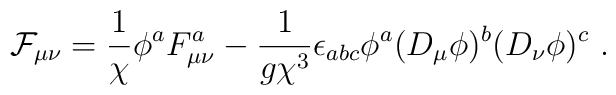
{\cal F}_{\mu \nu} = \frac{1}{\chi} \phi^a F_{\mu \nu}^{a}- \frac{1}{g \chi^3}\epsilon_{abc} \phi^a (D_{\mu} \phi)^b (D_{\nu} \phi)^c \ .